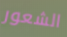
الشعور